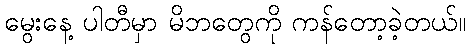
မွေးနေ့ ပါတီမှာ မိဘတွေကို ကန်တော့ခဲ့တယ်။